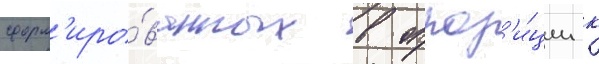
сформ'иро́ванных в оппоз'и́ции к